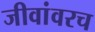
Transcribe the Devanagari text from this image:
जीवांवरच